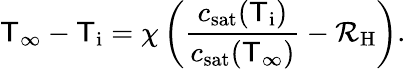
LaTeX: \mathsf{T}_{\infty}-\mathsf{T}_{\mathrm{{i}}}=\chi\left(\frac{{c_{\mathrm{{sat}}}(\mathsf{T}_{\mathrm{{i}}})}}{{c_{\mathrm{{sat}}}(\mathsf{T}_{\infty})}}-\mathcal{{R}}_{\mathrm{{H}}}\right).